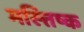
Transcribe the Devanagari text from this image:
मस्त्तिष्क